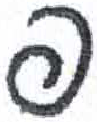
אות: פ